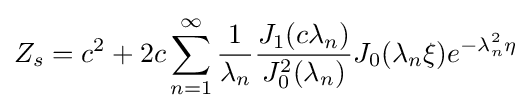
Z_{s}=c^{2}+2c\sum _{n=1}^{\infty }{\frac {1}{\lambda _{n}}}{\frac {J_{1}(c\lambda _{n})}{J_{0}^{2}(\lambda _{n})}}J_{0}(\lambda _{n}\xi )e^{-\lambda _{n}^{2}\eta }